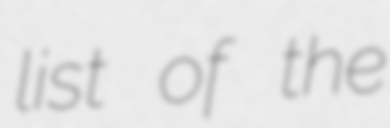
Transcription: list of the